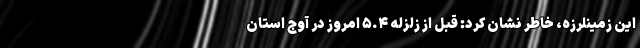
این زمینلرزه، خاطر نشان کرد: قبل از زلزله ۵.۴ امروز در آوج استان